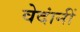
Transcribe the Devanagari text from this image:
वेदांनीं